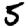
Digit: 5